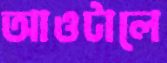
আওটালে